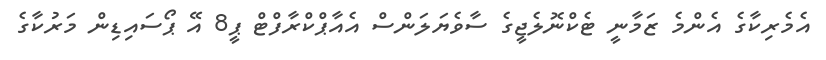
އެމެރިކާގެ އެންމެ ޒަމާނީ ޓެކްނޮލެޖީގެ ސާވެޔަލަންސް އެއާޕްކްރާފްޓް ޕީ8 އޭ ޕޯސައިޑިން މަރުކާގެ